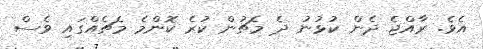
އެވެ. ރާއްޖެ ދެން ކުޅުނު ދެ މެޗުން ކުރެ ކޮންމެ މެޗެއްގައި ވެސް